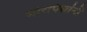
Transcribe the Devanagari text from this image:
मोरपिसांनी